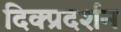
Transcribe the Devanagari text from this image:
दिक्प्रदर्शन